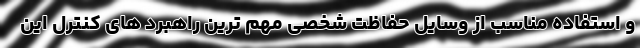
و استفاده مناسب از وسایل حفاظت شخصی مهم ترین راهبرد های کنترل این